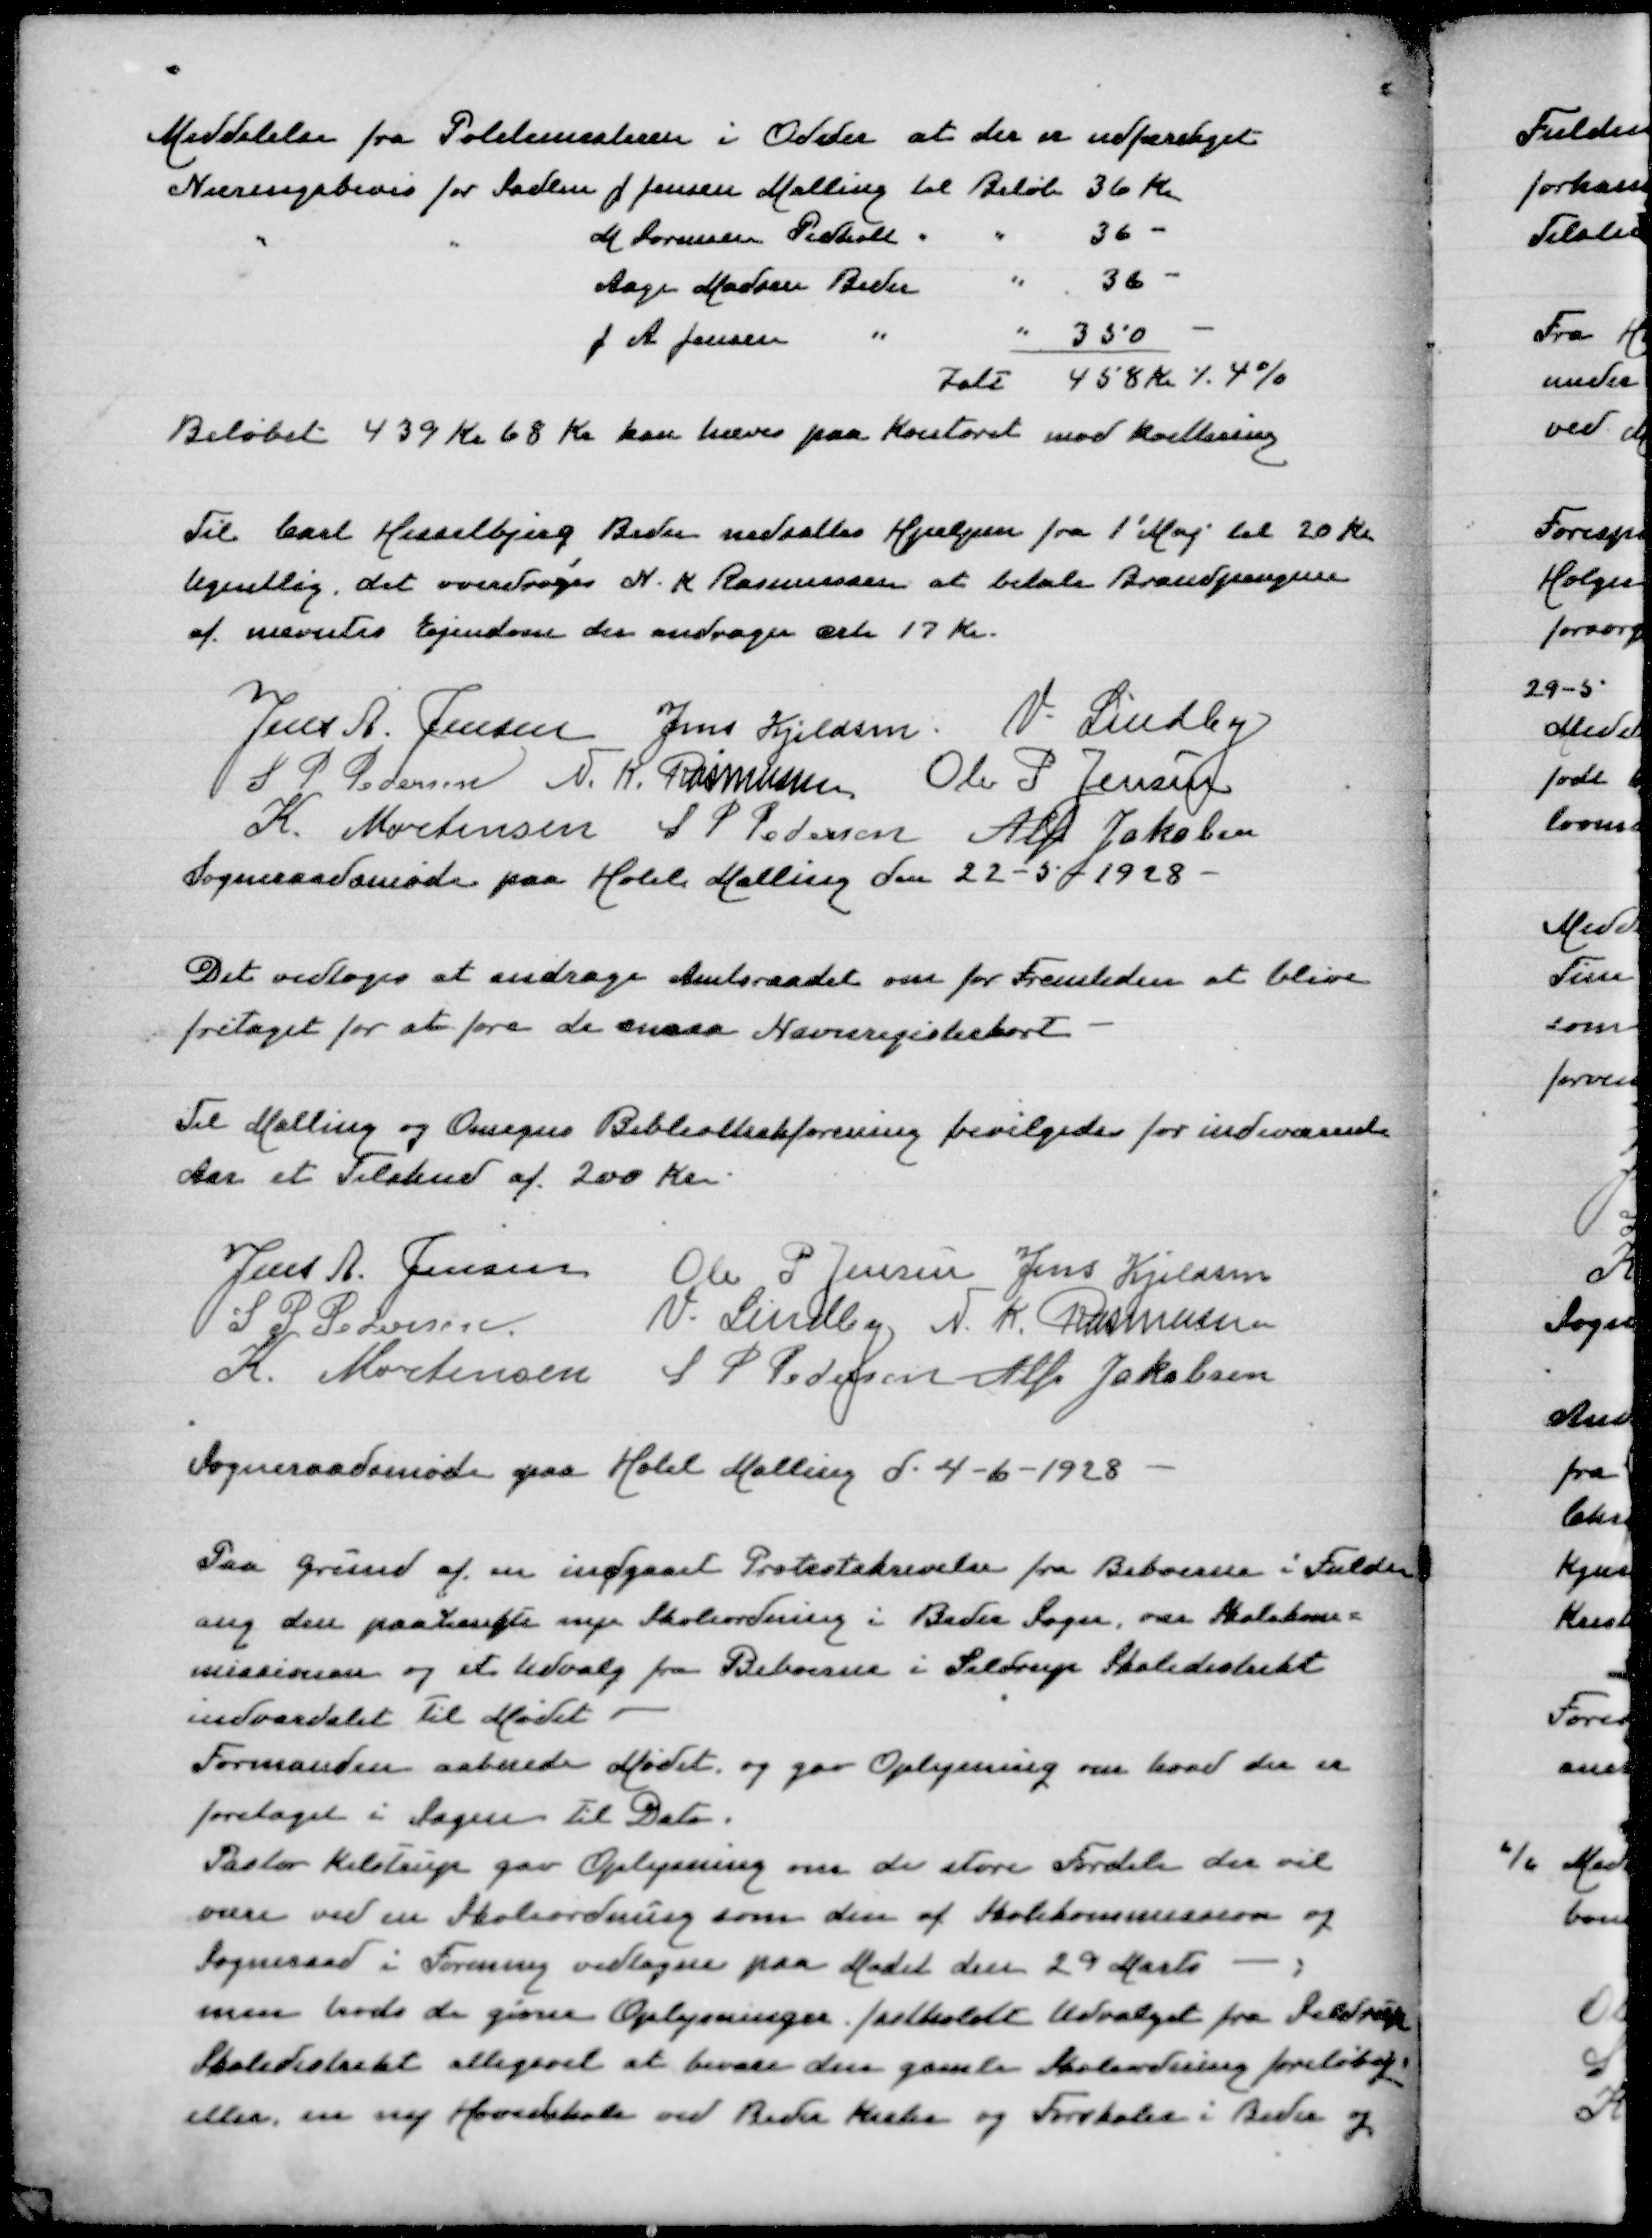
Transskription:
Meddelelse fra Politimesteren i Odder at der er udfærdiget
Næringsbevis for Sadlm J Jensen Malling til Beløb 36 Kr
"
"
M Sørensen Pedholt " 36 -
Aage Madsen Beder " 36 -
J A Jensen " " 350 -
Ialt 458 Kr ./. 4%
Beløbet 439 Kr 68 Øre kan hæves paa Kontoret med Kvittering

Til Carl Hesselbjerg Beder nedsættes Hjælpen fra 1' Maj til 20 Kr
Ugentlig, det overdrages N K Rasmussen at betale Brandpengene
af nævntes Ejendom der andrager crk 17 Kr

Jens A Jensen
Jens Kjeldsen
V Lindby
S P Pedersen
N K Rasmussen
Ole P Jensen
K Mortensen
S P Pedersen
Alfr Jakobsen
Sogneraadsmøde paa Hotel Malling den 22-5-1928

Det vedtoges at andrage Amtsraadet om for Fremtiden at blive
fritaget for at føre de smaa Navnregisterkort

TilMalling og Omegns Bibliotekforening bevilgedes for indeværende
Aar et Tilskud af 200 Kr

Jens A Jensen
Ole P Jensen
Jens Kjeldsen
S P Pedersen
B Lindby
N K Rasmusssen
K Mortensen
S P Pedersen
Alfr Jakobsen

Sogneraadsmøde paa Hotel Malling den 4-6-1928

Paa Grund af en indgaaet Protestskrivelse fra Beboerne i Fulden
ang den paatænkte nye Skoleordning i Beder Sogn, var Skolekom=
missionen og et Udvalg fra Beboerne i Seldrup Skoledistrikt
indvarslet til Mødet
Formanden aabnede Mødet, og gav Oplysning om hvad der er
foretaget i Sagen til Dato
Pastor Kelstrup gav Oplysning om de store Fordele der vil
være ved en Skoleordning som den af Skolekommission og
Sogneraad i Forening vedtagne paa Mødet den 29 Marts - ,
men trods de givne Oplysninger fastholdt Udvalget fra Seldrup
Skoledistrikt alligevel at bevare den gamle Skoleordning foreløbig
eller en ny Hovedskole ved Beder Kirke og Forskolen i Beder og